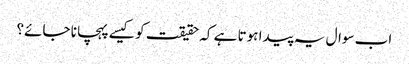
اب سوال یہ پیدا ہوتا ہے کہ حقیقت کو کیسے پہچانا جائے؟